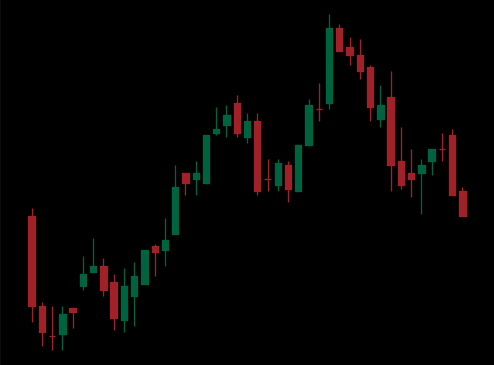
Pattern: bear_flag